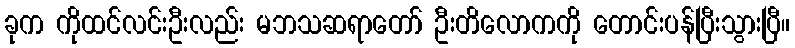
ခုက ကိုထင်လင်းဦးလည်း မဘသဆရာတော် ဦးတိလောကကို တောင်းပန်ပြီးသွားပြီ။